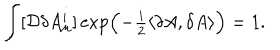
LaTeX: \int [ { \cal D } \delta A _ { \mu } ^ { i } ] \exp \Bigl ( - { \textstyle \frac { i } { 2 } } \langle \delta A , \delta A \rangle \Bigr ) = 1 .